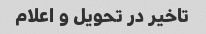
تاخیر در تحویل و اعلام